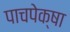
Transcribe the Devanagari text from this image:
पाचपेक्षा